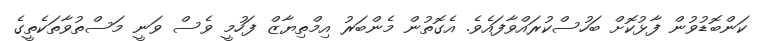
ކަންބޮޑުވުން ފާޅުކޮށް ބަހުސްކުރައްވާފައެވެ. އެގޮތުން މެންބަރު އިމްތިޔާޒް ފަހުމީ ވެސް ވަނީ މަސްތުވާތަކެތީގެ